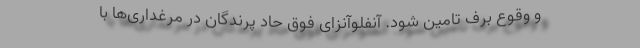
و وقوع برف تامین شود. آنفلوآنزای فوق حاد پرندگان در مرغداری‌ها با